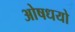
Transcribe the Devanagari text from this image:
ओषधयो